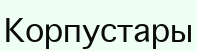
Корпустары